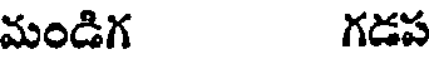
మండిగ గడప